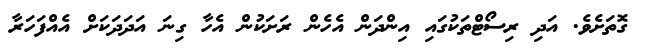
ގޮތަށެވެ. އަދި ރިސޯޓްތަކުގައި އިންދަން އެހެން ރަށަކުން އެހާ ގިނަ އަދަދަކަށް އެއްފަހަރާ